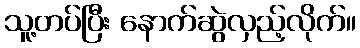
သူ့တပ်ပြီး နောက်ဆွဲလှည့်လိုက်။